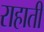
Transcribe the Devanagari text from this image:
राहाती